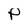
Character: P